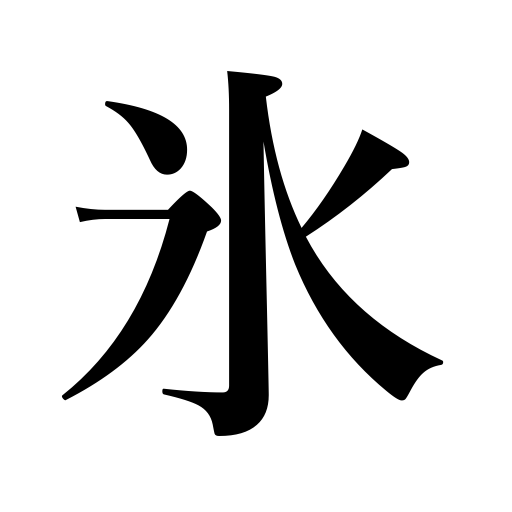
Meanings: congeal,shaved ice,hail,ice,be frozen over,freeze